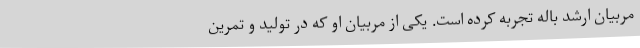
مربیان ارشد باله تجربه کرده است. یکی از مربیان او که در تولید و تمرین